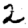
Digit: 2